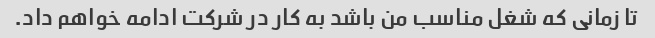
تا زمانی که شغل مناسب من باشد به کار در شرکت ادامه خواهم داد.